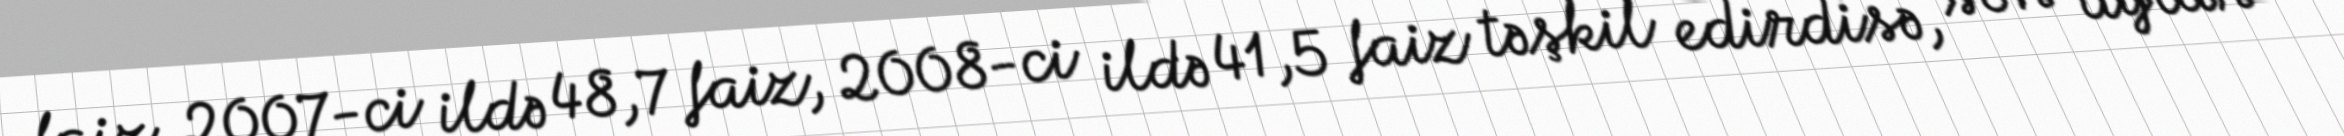
faiz, 2007-ci ildə 48,7 faiz, 2008-ci ildə 41,5 faiz təşkil edirdisə, son aylar